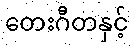
တေးဂီတနှင့်